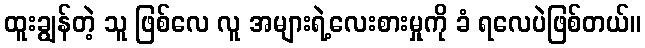
ထူးချွန်တဲ့ သူ ဖြစ်လေ လူ အများရဲ့လေးစားမှုကို ခံ ရလေပဲဖြစ်တယ်။